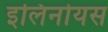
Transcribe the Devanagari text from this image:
इलिनोयस